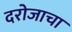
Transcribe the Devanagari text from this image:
दरोजाचा